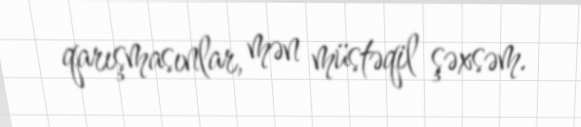
qarışmasınlar, mən müstəqil şəxsəm.